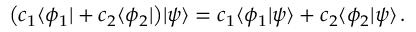
{ \bigl ( } c _ { 1 } \langle \phi _ { 1 } | + c _ { 2 } \langle \phi _ { 2 } | { \bigr ) } | \psi \rangle = c _ { 1 } \langle \phi _ { 1 } | \psi \rangle + c _ { 2 } \langle \phi _ { 2 } | \psi \rangle \, .